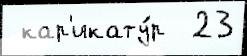
 кар'икату́р  23